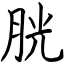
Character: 胱